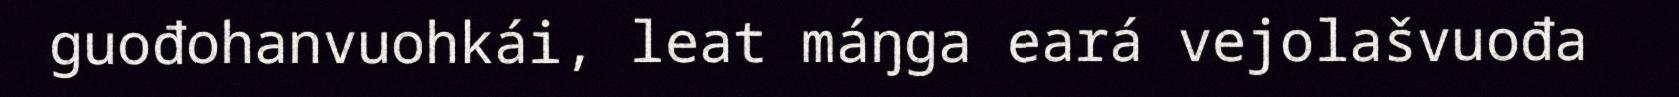
guođohanvuohkái, leat máŋga eará vejolašvuođa